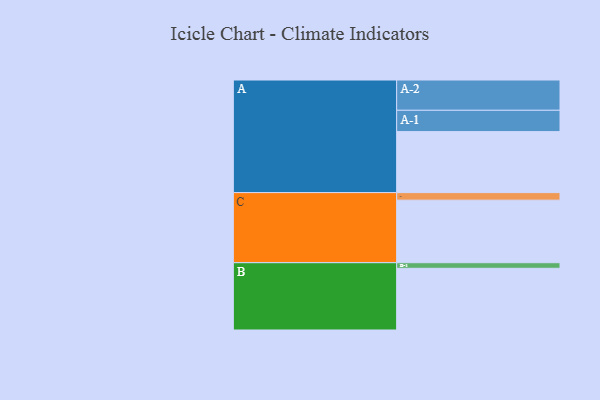
{"axis": {"x": "Segment", "y": "Value"}, "legend": ["", "A", "B", "C"], "data": [{"x": "A", "y": 580, "type": ""}, {"x": "B", "y": 587, "type": ""}, {"x": "C", "y": 595, "type": ""}, {"x": "A-1", "y": 203, "type": "A"}, {"x": "A-2", "y": 288, "type": "A"}, {"x": "B-1", "y": 53, "type": "B"}, {"x": "C-1", "y": 72, "type": "C"}]}